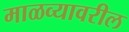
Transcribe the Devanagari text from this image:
माळव्यावरील